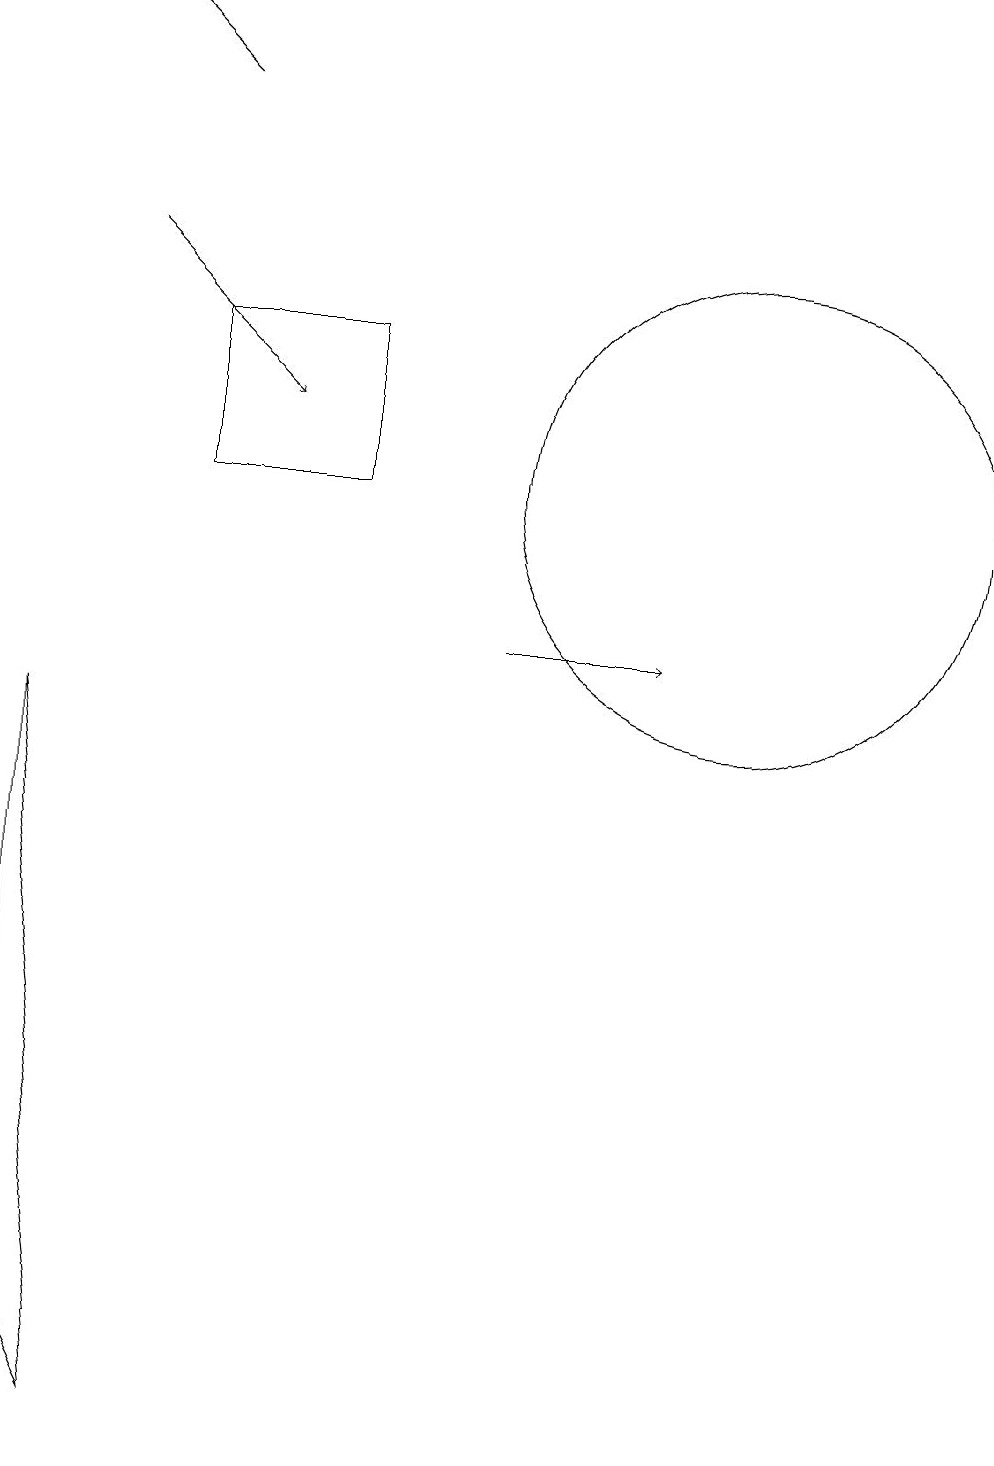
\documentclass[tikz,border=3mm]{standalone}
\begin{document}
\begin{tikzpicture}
\draw[->] (7,10) -- (9,10);
\draw (10,12) circle (3);
\draw (1,2) -- (1,9) -- (2,0) -- cycle;
\draw[->] (3,17) -- (2,18);
\draw (5,12) rectangle (3,14);
\draw[->] (2,15) -- (4,13);
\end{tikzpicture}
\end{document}